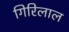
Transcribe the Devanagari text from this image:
गिरिलाल